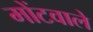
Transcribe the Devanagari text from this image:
मोंटवाले